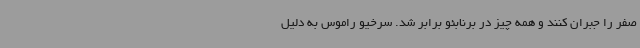
صفر را جبران کنند و همه چیز در برنابئو برابر شد. سرخیو راموس به دلیل